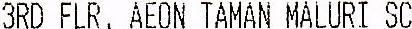
3RD FLR, AEON TAMAN MALURI SC